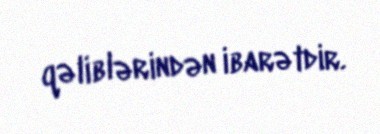
qəliblərindən ibarətdir.